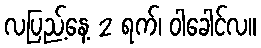
လပြည့်နေ့ 2 ရက်၊ ဝါခေါင်လ။